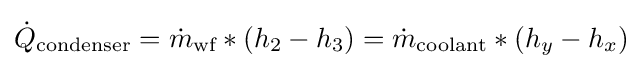
{\dot {Q}}_{\text{condenser}}={\dot {m}}_{\text{wf}}*(h_{2}-h_{3})={\dot {m}}_{\text{coolant}}*(h_{y}-h_{x})